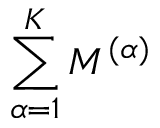
\sum _ { \alpha = 1 } ^ { K } M ^ { ( \alpha ) }